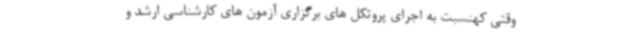
وقتی کهنسبت به اجرای پروتکل های برگزاری آزمون های کارشناسی ارشد و